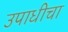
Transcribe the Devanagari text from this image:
उपाधीचा